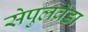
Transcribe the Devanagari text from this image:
सेपुलवेडा